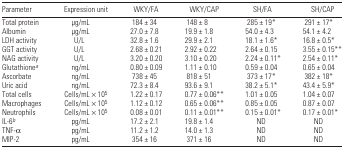
| Parameter | Expression unit | WKY/FA | WKY/CAP | SH/FA | SH/CAP |
 | --- | --- | --- | --- | --- | --- |
 | Total protein | μg/mL | 184 ± 34 | 148 ± 8 | 285 ± 19* | 291 ± 17* |
 | Albumin | μg/mL | 27.0 ± 7.8 | 19.9 ± 1.8 | 54.0 ± 4.3 | 54.1 ± 4.2 |
 | LDH activity | U/L | 32.8 ± 1.6 | 29.9 ± 2.1 | 18.1 ± 1.6* | 16.8 ± 0.5* |
 | GGT activity | U/L | 2.68 ± 0.21 | 2.92 ± 0.22 | 2.64 ± 0.15 | 3.55 ± 0.15** |
 | NAG activity | U/L | 3.20 ± 0.20 | 3.10 ± 0.20 | 2.24 ± 0.11* | 2.54 ± 0.11* |
 | Glutathionea | ng/mL | 0.80 ± 0.09 | 1.11 ± 0.10 | 0.59 ± 0.04 | 0.65 ± 0.04 |
 | Ascorbate | ng/mL | 738 ± 45 | 818 ± 51 | 373 ± 17* | 382 ± 18* |
 | Uric acid | ng/mL | 72.3 ± 8.4 | 93.6 ± 9.1 | 38.2 ± 5.1* | 43.4 ± 5.9* |
 | Total cells | Cells/mL × 105 | 1.22 ± 0.17 | 0.77 ± 0.06** | 1.01 ± 0.05 | 1.04 ± 0.07 |
 | Macrophages | Cells/mL × 105 | 1.12 ± 0.12 | 0.65 ± 0.06** | 0.85 ± 0.05 | 0.87 ± 0.07 |
 | Neutrophils | Cells/mL × 105 | 0.08 ± 0.01 | 0.11 ± 0.01** | 0.15 ± 0.01* | 0.17 ± 0.01* |
 | IL-6b | pg/mL | 17.2 ± 2.1 | 19.8 ± 1.4 | ND | ND |
 | TNF-α | pg/mL | 11.2 ± 1.2 | 14.0 ± 1.3 | ND | ND |
 | MIP-2 | pg/mL | 354 ± 16 | 371 ± 16 | ND | ND |